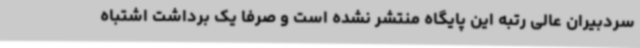
سردبیران عالی رتبه این پایگاه منتشر نشده است و صرفا یک برداشت اشتباه